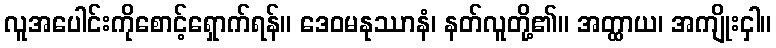
လူအပေါင်းကိုစောင့်ရှောက်ရန်။ ဒေဝမနုဿာနံ၊ နတ်လူတို့၏။ အတ္ထာယ၊ အကျိုးငှါ။